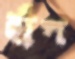
হাঁপ